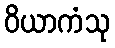
ဝိယာကံသု